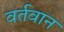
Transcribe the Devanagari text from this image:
वर्तवान